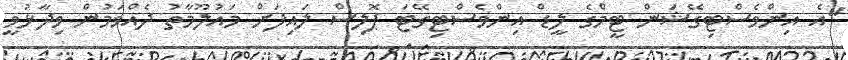
"އެ އިންވެސްޓިގޭޝަން ޓީމްގެ ލީޑް އިންވެސްޓިގޭޓަ ޕޮލިސް ލައިފަށް މައުލޫމާތު ދެއްވަމުން ވިދާޅުވީ